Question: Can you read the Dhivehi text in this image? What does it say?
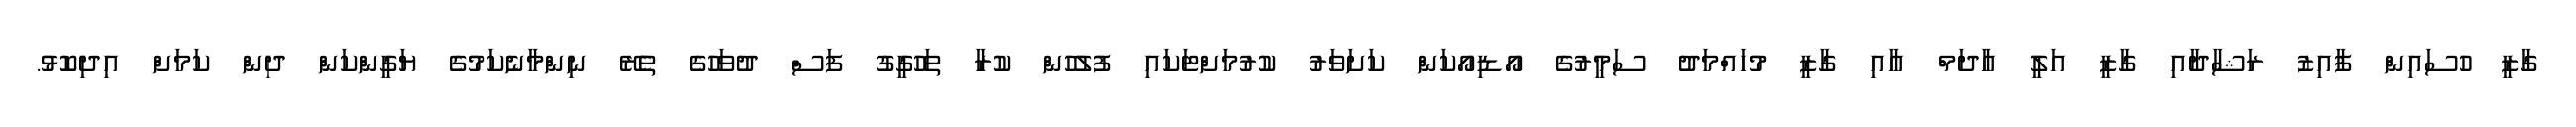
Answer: ގާޒީ ހުސައިން ފާއިޒު ރަޝާދާއި ގާޒީ އަލީ އާދަމް އާއި ގާޒީ މުހައްމަދު ސަމީރުގެ އޯޑިއޯކަން ކަށަވަރު ކުރުމަށްޓަކައި ފުލުހުން ކުރާ ތަހުގީގު ފަސް ދުވަހުގެ ތެރޭ ނިންމާނެކަމުގެ ޔަގީންކަން ދިން ކަމަށް އިދިކޮޅު.